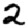
Digit: 2